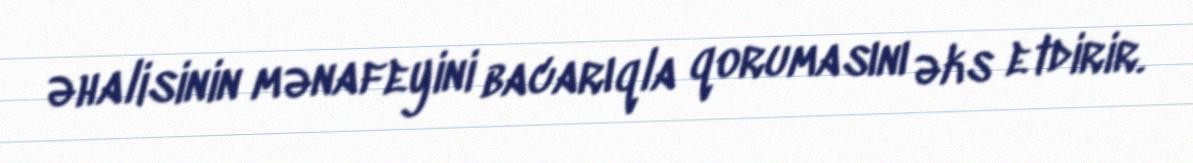
əhalisinin mənafeyini bacarıqla qorumasını əks etdirir.